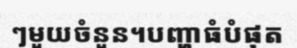
ៗមួយចំនួន។បញ្ហាធំបំផុត